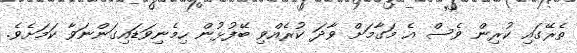
ތެރޭގައި ކުރިން ވެސް އެ މަގާމަށް ވާދަ ކުރެއްވި ބޭފުޅުން ހިމެނިވަޑައިގަންނަވާ ކަމަށެވެ.